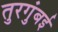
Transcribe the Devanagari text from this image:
तुरगुंबई